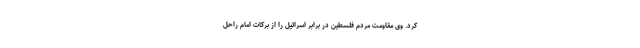
کرد. وی مقاومت مردم فلسطین در برابر اسرائیل را از برکات امام راحل